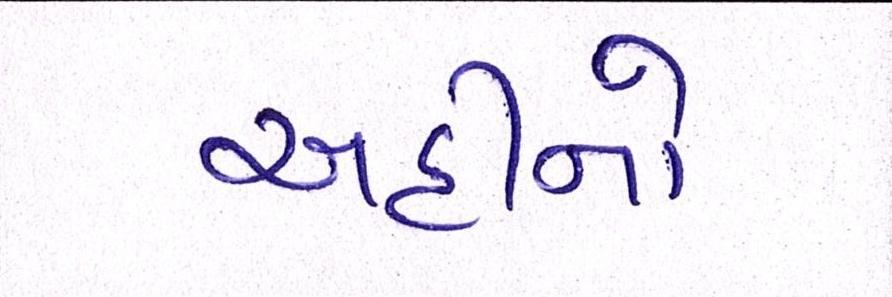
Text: અહીંનો